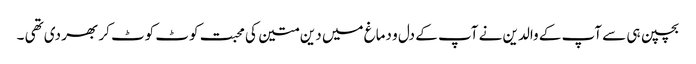
بچپن ہی سے آپ کے والدین نے آپ کے دل و دماغ میں دین متین کی محبت کوٹ کوٹ کر بھر دی تھی ۔